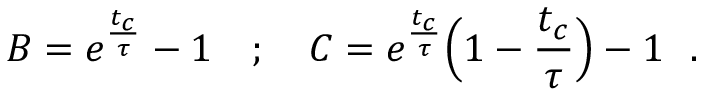
B = e ^ { \frac { t _ { c } } { \tau } } - 1 ~ ~ ~ ; ~ ~ ~ C = e ^ { \frac { t _ { c } } { \tau } } \Big ( 1 - \frac { t _ { c } } { \tau } \Big ) - 1 ~ ~ .